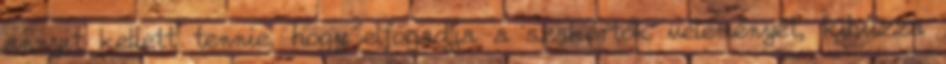
annyit kellett tennie, hogy elfogadja a szakértők véleményét, kihúzza